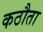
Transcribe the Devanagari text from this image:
कठौता